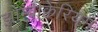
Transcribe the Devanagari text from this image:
झोम्बीक्वेरियम